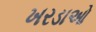
ખરડાઓ